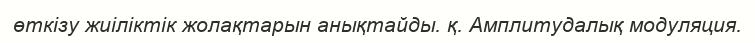
өткізу жиіліктік жолақтарын анықтайды. қ. Амплитудалық модуляция.